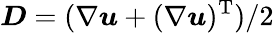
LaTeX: \boldsymbol{D}=(\nabla\boldsymbol{u}+(\nabla\boldsymbol{u})^{\mathrm{T}})/2